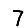
Digit: 7